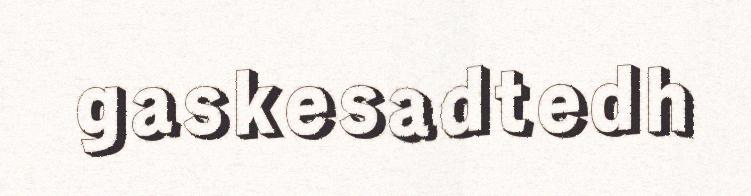
gaskesadtedh